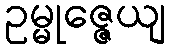
ဥမ္မုဇ္ဇေယျ